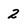
Character: 2